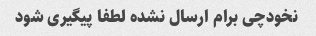
نخودچی برام ارسال نشده لطفا پیگیری شود